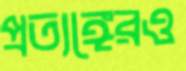
প্রত্যঙ্গেরও